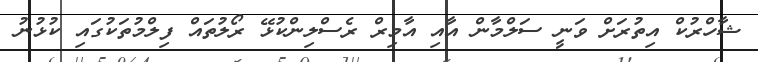
ޝާހްރުކް އިތުރަށް ވަނީ ސަލްމާން އާއި އާމިރް ރެސްލިންކުޅޭ ރޯލުތައް ފިލްމުތަކުގައި ކުޅުނު